Parnu-Viljandi_kinnistusamet, lk 78
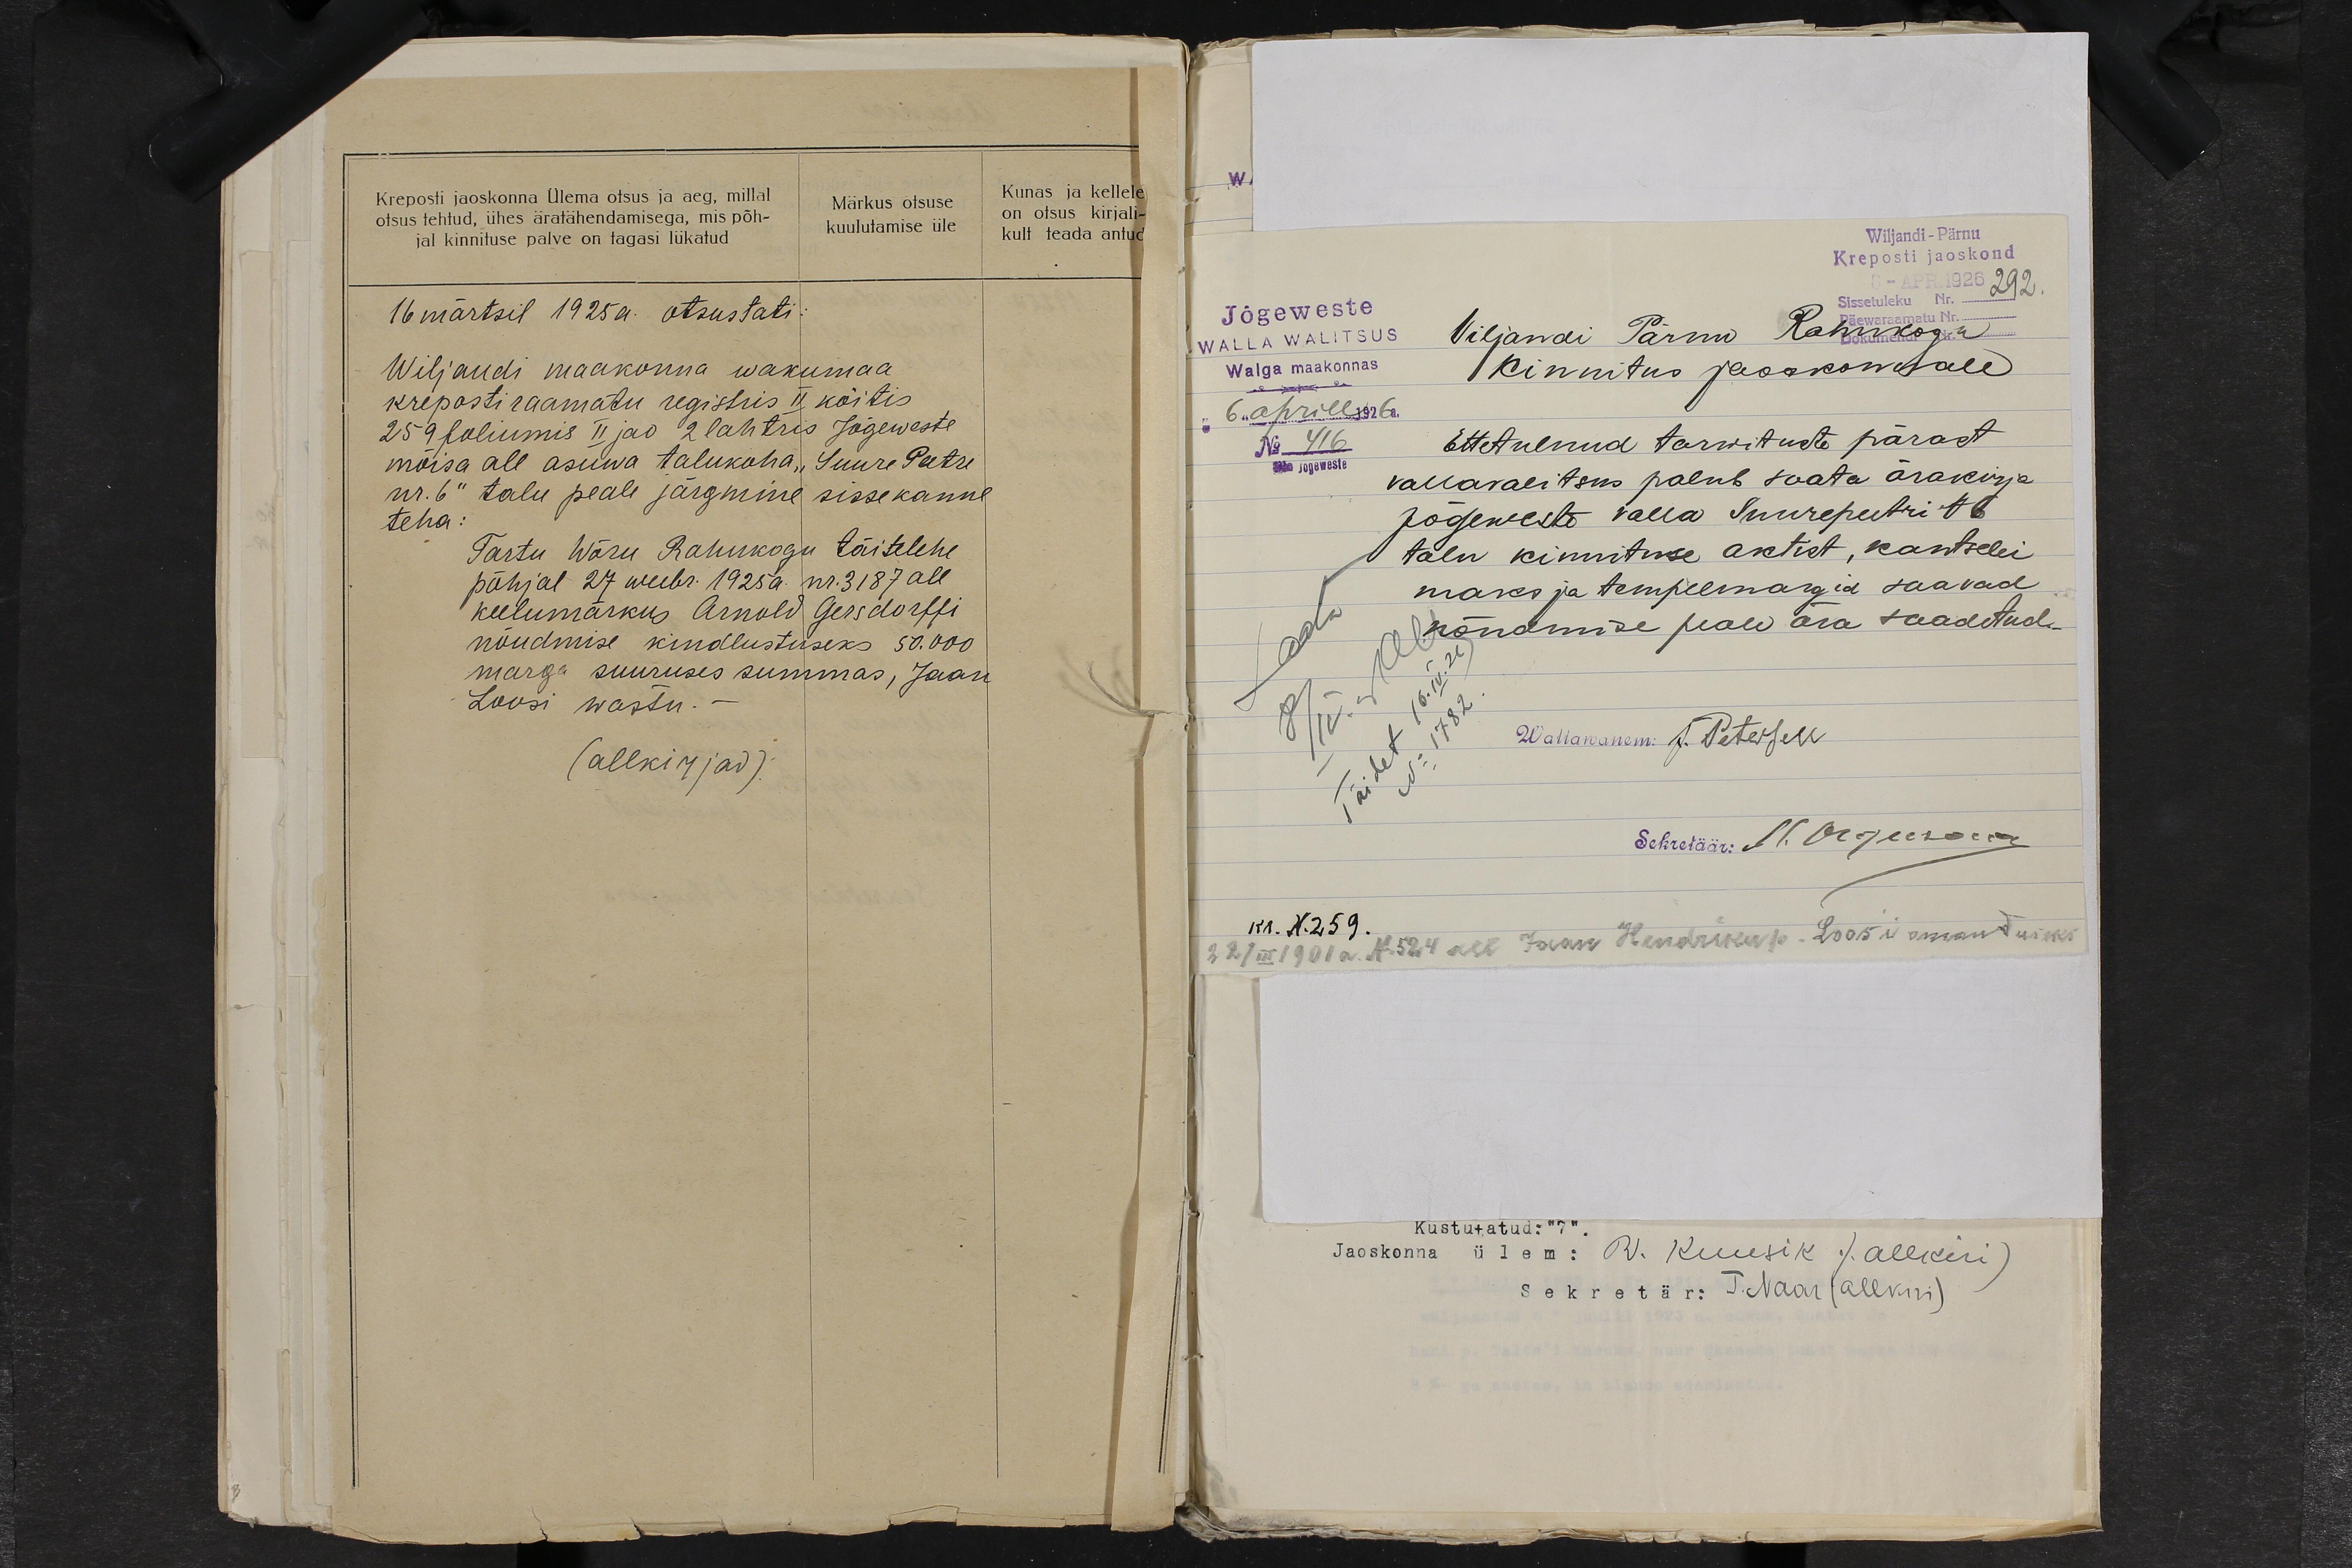
Kreposti jaoskonna Ülema otsus ja aeg, millal
otsus tehtud, ühes äratähendamisega, mis põh-
jal kinnituse palve on tagasi lükatud
Märkus otsuse
kuulutamise üle
Kunas ja kellele
on otsus kirjali-
kult teada antud
16 märtsil 1925 a. otsustati:
Wiljandi maakonna wakumaa
kreposti raamatu registris II köitis
259 foliumis II jao 2 lahtris Jõgeweste
mõisa all asuwa talukoha "Suure Peetre
nr. 6" talu peale järgmine sissekanne
teha:
Tartu Wõru Rahukogu täitelehe
põhjal 27 weebr. 1925a. nr. 3187 all
keelumärkus Arnold Gersdorffi
nõudmise kindlustuseks 50.000
marga suuruses summas, Jaan
Loosi wastu.-
(allkirjad).

Wiljandi-Pärnu
Kreposti jaoskond
8-APR. 1926
Sissetuleku Nr. 292.
Päewaraamatu Nr.
Dokumendi Nr.
Jõgeweste
WALLA WALITSUS
Walga maakonnas
6 "aprill 1926a.
No 416
jogeweste
Viljandi Pärnu Rahukogu
kinnitus jaoskonnale
Ettetulnud tarwituste pärast
vallavalitsus palub saata ärakirja
Jõgeweste valla Suurepeetri N6
talu kinnituse aktist, kantselei
maks ja tempelmargid saavad
nõudmise peale ära saadetud.
Saata
8/IV.1926
Täidet 16.IV.26
No 1782.
Wallawanem: J. Petersen
Sekretäär: M. Orgusaar
kr. N.259.
22/III 1901 a. N 524 all Jaan Hendriku p. Loos´i omanduseks

Kustutatud: "7 ".
Jaoskonna ülem: R. Kuusik (allikiri)
Sekretär: T. Naar (allkiri)